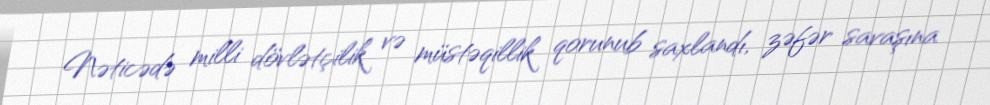
Nəticədə milli dövlətçilik və müstəqillik qorunub saxlandı, zəfər savaşına